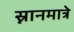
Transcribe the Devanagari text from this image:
स्नानमात्रे